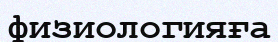
физиологияға